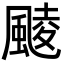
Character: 䬋